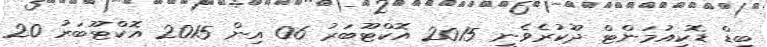
ބިޑް ޑޮކިއުމަންޓް ދޫކުރެވެނީ 2015 އޮކްޓޫބަރު 06 އިން 2015 އޮކްޓޫބަރު 20